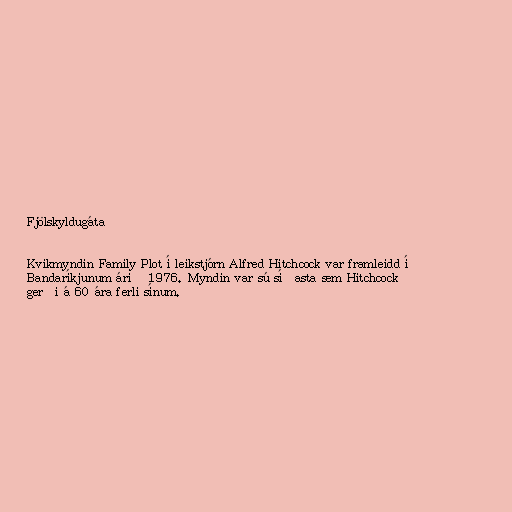
Fjölskyldugáta

Kvikmyndin Family Plot í leikstjórn Alfred Hitchcock var framleidd í
Bandaríkjunum árið 1976. Myndin var sú síðasta sem Hitchcock
gerði á 60 ára ferli sínum.